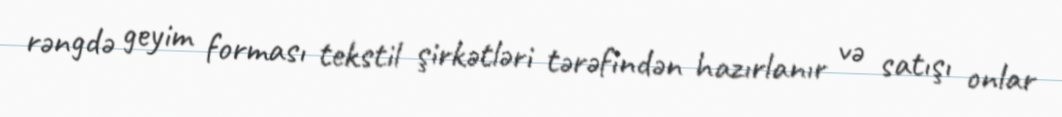
rəngdə geyim forması tekstil şirkətləri tərəfindən hazırlanır və satışı onlar